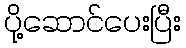
ပို့ဆောင်ပေးပြီး